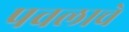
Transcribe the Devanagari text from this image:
पवलाचे